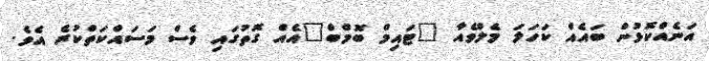
އަނެއްކޮޅުން ބައެއް ކަހަލަ މެލްވެއާ "ޓައިމް ބޮޮމްބް"އެއް ގޮތުގައި ވެސް މަސައްކަތްކުރެ އެވެ.